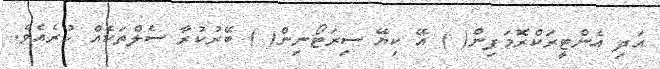
އަދި އެންޓީރަކްރޮމަފިން( ) އޭ ކިޔޭ ސިރަޓޯނިން( ) ބޭރުކުރާ ސެލްތަކެއް ހުރެއެވެ.